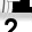
Digit: 2